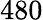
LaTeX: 480